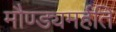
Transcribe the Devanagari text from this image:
मौण्ड्यमर्हति